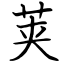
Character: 荚